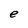
Character: e